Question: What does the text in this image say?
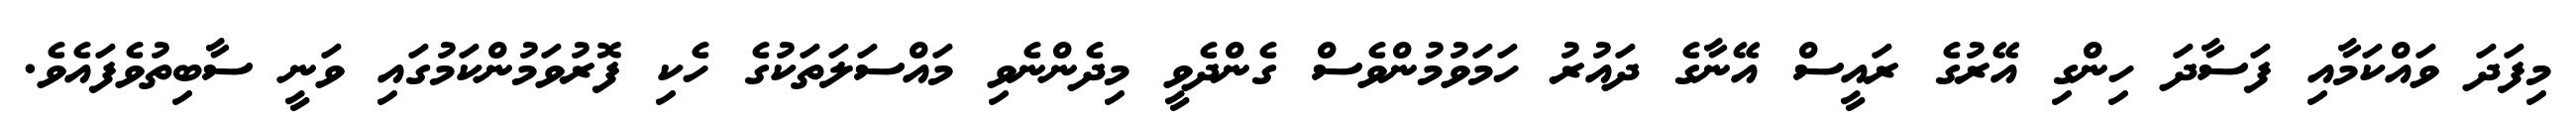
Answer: މިފަދަ ވައްކަމާއި ފަސާދަ ހިންގި އޭރުގެ ރައީސް އޭނާގެ ދައުރު ހަމަވުމުންވެސް ގެންދެވީ މިދެންނެވި މައްސަލަތަކުގެ ހެކި ފޮރުވަމުންކަމުގައި ވަނީ ސާބިތުވެފައެވެ.